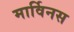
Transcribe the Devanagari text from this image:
मार्विनस